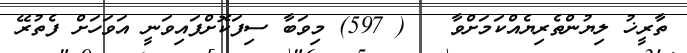
ތާރީޚު ލިޔުންތެރިޔެއްކަމަށްވާ   ( 597) މިވަބާ ސިފަކޮށްފައިވަނީ އަވަހަށް ފެތުރޭ